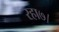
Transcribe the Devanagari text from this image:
रहा७।